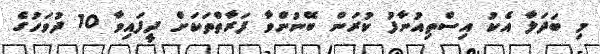
މި ބަދަލާ އެކު އިސްތިއުނާފު ކުރަން ބޭނުންވާ ފަރާތްތަކަށް ދީފައިވާ 10 ދުވަހުގެ